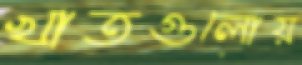
খাতগুলোয়